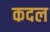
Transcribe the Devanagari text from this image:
कदल